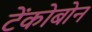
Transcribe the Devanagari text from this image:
टेंकोबोन